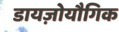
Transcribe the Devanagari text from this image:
डायज़ोयौगिक